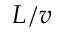
L / v